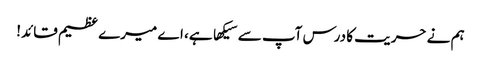
ہم نے حریت کا درس آپ سے سیکها ہے، اے میرے عظیم قائد!